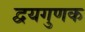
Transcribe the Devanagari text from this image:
द्वयगुणक